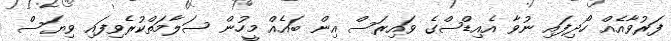
ފަރުވާއެއް ހޯދިފައި ނުވާ އެއިޑްސްގެ ވައިރަސް އިން ބައެއް މީހުން ސަލާމަތްކުރެވިފައި ވިޔަސް